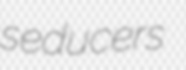
seducers